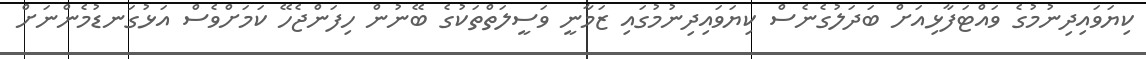
ކިޔަވައިދިނުމުގެ ވައްޓަފާޅިއަށް ބަދަލުގެނެސް ކިޔަވައިދިނުމުގައި ޒަމާނީ ވަސީލަތްތަކުގެ ބޭނުން ހިފަންޖެހޭ ކަމަށްވެސް އަޅުގަނޑުމެންނަށް